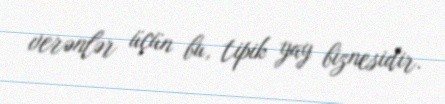
verənlər üçün bu, tipik yay biznesidir.